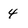
Character: 4